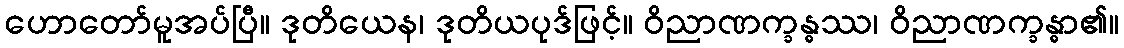
ဟောတော်မူအပ်ပြီ။ ဒုတိယေန၊ ဒုတိယပုဒ်ဖြင့်။ ဝိညာဏက္ခန္ဓဿ၊ ဝိညာဏက္ခန္ဓာ၏။